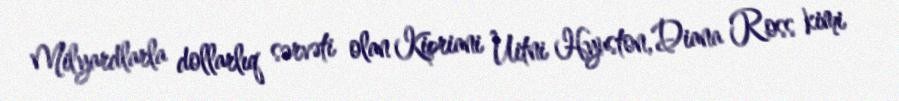
Milyardlarla dollarlıq sərvəti olan Kipriani Uitni Hyuston, Diana Ross kimi